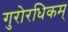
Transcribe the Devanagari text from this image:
गुरोरधिकम्